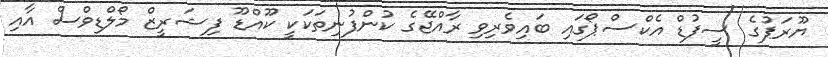
ޔޫރަޕުގެ ސީފުޑް އެކްސްޕޯގައި ބައިވެރިވި ރާއްޖޭގެ ކުންފުނިތަކަކީ ކޫއްޑޫ ފިޝަރީޒް މޯލްޑިވްސް އާއި